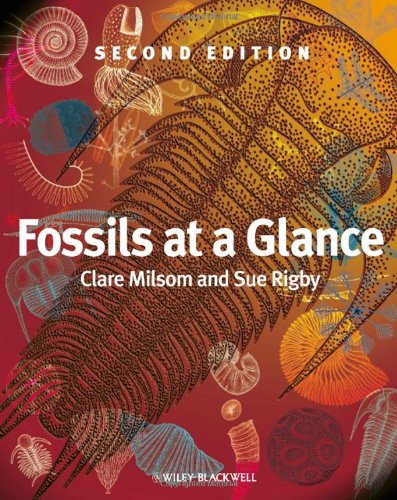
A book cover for Fossils at a Glance; Clare Milsom; Science & Math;